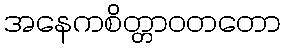
အနေကစိတ္တာဝတတော